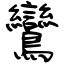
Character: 鸞